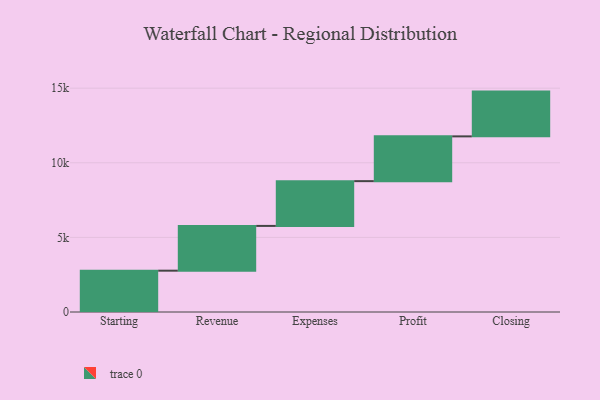
{"axis": {"x": "Step", "y": "Value"}, "legend": [""], "data": [{"x": "Starting", "y": 2769.0, "type": ""}, {"x": "Revenue", "y": 3000, "type": ""}, {"x": "Expenses", "y": 3000, "type": ""}, {"x": "Profit", "y": 3000, "type": ""}, {"x": "Closing", "y": 3000, "type": ""}]}